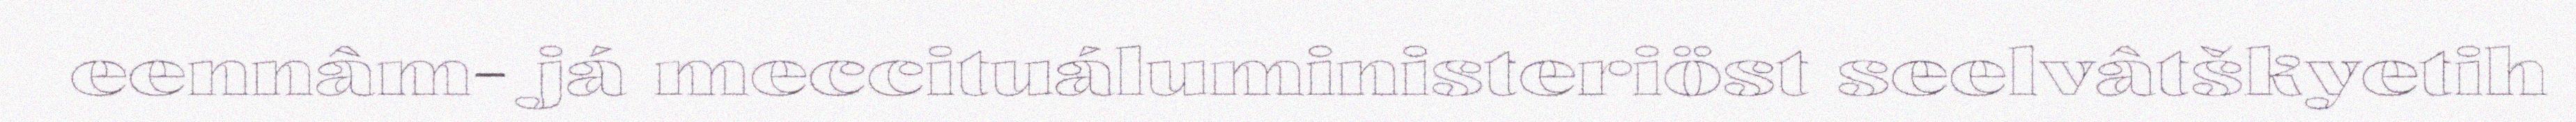
eennâm- já meccituáluministeriöst seelvâtškyetih